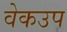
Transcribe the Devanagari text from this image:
वेकउप